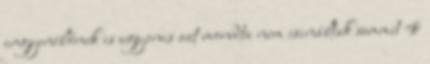
ingyenélőnek is ugyanis azt mondta nem csináltak semmit 4